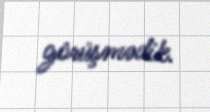
görüşmədik.